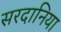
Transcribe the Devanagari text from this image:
सरदानिया